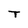
Character: T